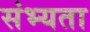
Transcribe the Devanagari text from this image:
संभ्यता